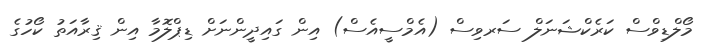
މޯލްޑިވްސް ކަރެކްޝަނަލް ސަރވިސް (އެމްސީއެސް) އިން ގައިދީންނަށް ޑިޕްލޮމާ އިން ޤިރާއަތު ކޯހުގެ